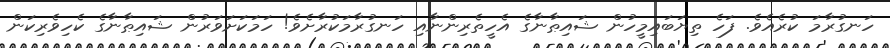
ހަނގުރާމަ ކުރެއެވެ. ފަހެ ތިޔަބައިމީހުން ޝައިޠާނާގެ އެހީތެރިންނާއި ހަނގުރާމަކުރާށެވެ! ހަމަކަށަވަރުން ޝައިޠާނާގެ ކެހިވެރިކަން